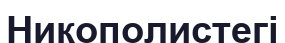
Никополистегі